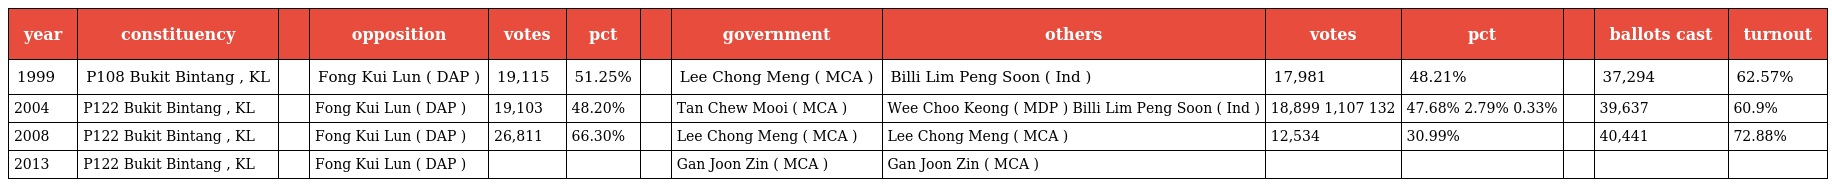
| year | constituency |  | opposition | votes | pct |  | government | others | votes | pct |  | ballots cast | turnout |
 | --- | --- | --- | --- | --- | --- | --- | --- | --- | --- | --- | --- | --- | --- |
 | 1999 | P108 Bukit Bintang , KL |  | Fong Kui Lun ( DAP ) | 19,115 | 51.25% |  | Lee Chong Meng ( MCA ) | Billi Lim Peng Soon ( Ind ) | 17,981 | 48.21% |  | 37,294 | 62.57% |
 | 2004 | P122 Bukit Bintang , KL |  | Fong Kui Lun ( DAP ) | 19,103 | 48.20% |  | Tan Chew Mooi ( MCA ) | Wee Choo Keong ( MDP ) Billi Lim Peng Soon ( Ind ) | 18,899 1,107 132 | 47.68% 2.79% 0.33% |  | 39,637 | 60.9% |
 | 2008 | P122 Bukit Bintang , KL |  | Fong Kui Lun ( DAP ) | 26,811 | 66.30% |  | Lee Chong Meng ( MCA ) | Lee Chong Meng ( MCA ) | 12,534 | 30.99% |  | 40,441 | 72.88% |
 | 2013 | P122 Bukit Bintang , KL |  | Fong Kui Lun ( DAP ) |  |  |  | Gan Joon Zin ( MCA ) | Gan Joon Zin ( MCA ) |  |  |  |  |  |